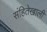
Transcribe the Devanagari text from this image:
संहितेखाली